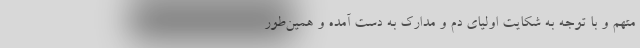
متهم و با توجه به شکایت اولیای دم و مدارک به دست آمده و همین‌طور